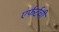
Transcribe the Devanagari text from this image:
एर्फर्टची